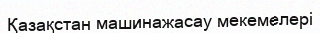
Қазақстан машинажасау мекемелері